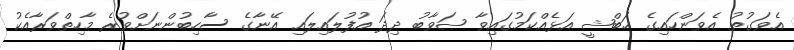
އެވަގުތު އެވަންހައިގެ ޙަބްޝީ އަޅެއްކަމުގައިވާ ޞަވާބު ދިދަ އުފުލައިލައި އޭނާގެ ސާހިބުންނަށްވުރެ މާހިތްވަރާއެކު